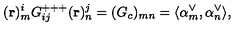
( { \bf r } ) _ { m } ^ { i } G _ { i j } ^ { + + + } ( { \bf r } ) _ { n } ^ { j } = ( G _ { c } ) _ { m n } = \langle \alpha _ { m } ^ { \vee } , \alpha _ { n } ^ { \vee } \rangle ,